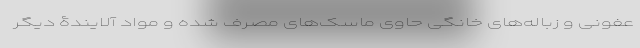
عفونی و زباله‌های خانگی حاوی ماسک‌های مصرف شده و مواد آلایندۀ دیگر